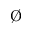
\mathrm { \o }